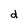
Character: d